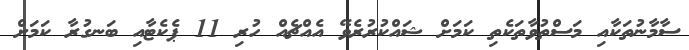
ސާމާނުތަކާއި މަސްތުވާތަކެތި ކަމަށް ޝައްކުރުރެވޭ އެއްޗެއް ހުރި 11 ޕެކެޓާއި ބަނގުރާ ކަމަށް